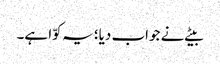
بیٹے نے جواب دیا؛ یہ کوّا ہے۔